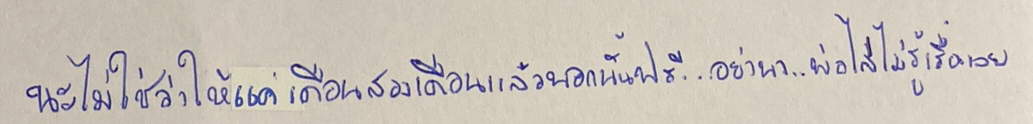
นะไม่ใช่ว่าให้แค่เดือนสองเดือนแล้วนอกนั้นฟรี...อย่านา...พ่อไล่ไม่รู้เรื่องเลย"